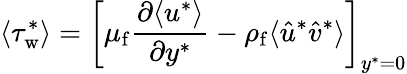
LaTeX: \langle\tau_{\mathrm{w}}^{*}\rangle=\left[\mu_{\mathrm{f}}\frac{\partial\langle u^{*}\rangle}{\partial y^{*}}-\rho_{\mathrm{f}}\langle\hat{u}^{*}\hat{v}^{*}\rangle\right]_{y^{*}=0}